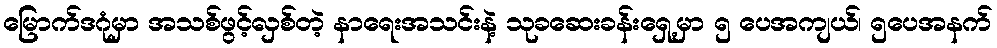
မြောက်ဒဂုံမှာ အသစ်ဖွင့်လှစ်တဲ့ နာရေးအသင်းနဲ့ သုခဆေးခန်းရှေ့မှာ ၅ ပေအကျယ်၊ ၅ပေအနက်